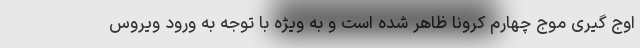
اوج گیری موج چهارم کرونا ظاهر شده است و به ویژه با توجه به ورود ویروس